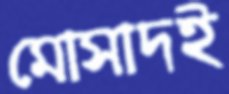
মোসাদই